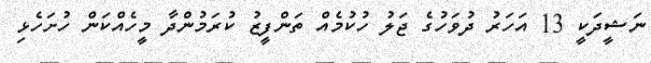
ނަޝީދަކީ 13 އަހަރު ދުވަހުގެ ޖަލު ހުކުމެއް ތަންފީޒު ކުރަމުންދާ މީހެއްކަން ހުށަހެޅި